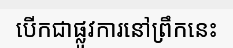
បើកជាផ្លូវការនៅព្រឹកនេះ